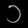
Digit: ၁